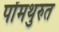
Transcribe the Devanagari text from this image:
पोंमथुरुत